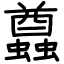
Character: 蠤